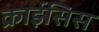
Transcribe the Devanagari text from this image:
क्राईसिस